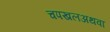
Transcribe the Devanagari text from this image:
चपखलअथवा